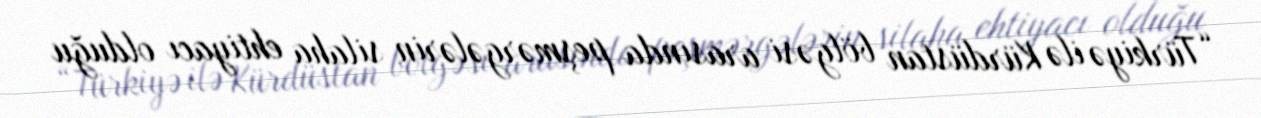
“Türkiyə ilə Kürdüstan bölgəsi arasında peşmərgələrin silaha ehtiyacı olduğu